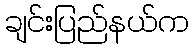
ချင်းပြည်နယ်က